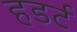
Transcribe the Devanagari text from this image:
हडर्ट